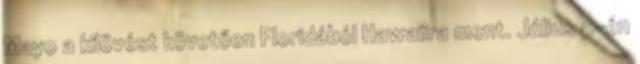
Mayo a kilövést követően Floridából Hawaiira ment. Július 5-én